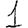
Digit: 1